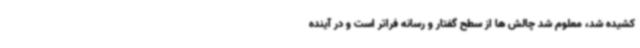
کشیده شد، معلوم شد چالش ها از سطح گفتار و رسانه فراتر است و در آینده